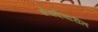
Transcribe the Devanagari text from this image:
शेक्देवारीत